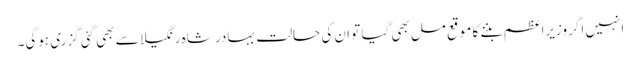
انہیں اگر وزیراعظم بننے کا موقع مل بھی گیا تو ان کی حالت بہادر شاہ رنگیلا سے بھی گئی گزری ہوگی۔